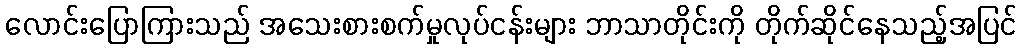
လောင်းပြောကြားသည် အသေးစားစက်မှုလုပ်ငန်းများ ဘာသာတိုင်းကို တိုက်ဆိုင်နေသည့်အပြင်